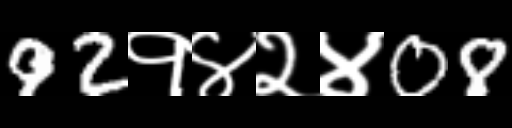
Text: 92१४२४08